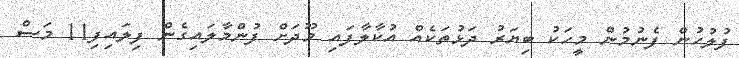
ފުލުހުން ފެނުމުން މީހަކު ބިޔަރު ދަޅުތަކެއް އުކާލާފައި މޫދަށް ފުންމާލައިގެން ފިލައިފި11 މަސް